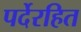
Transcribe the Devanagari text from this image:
पर्देरहित